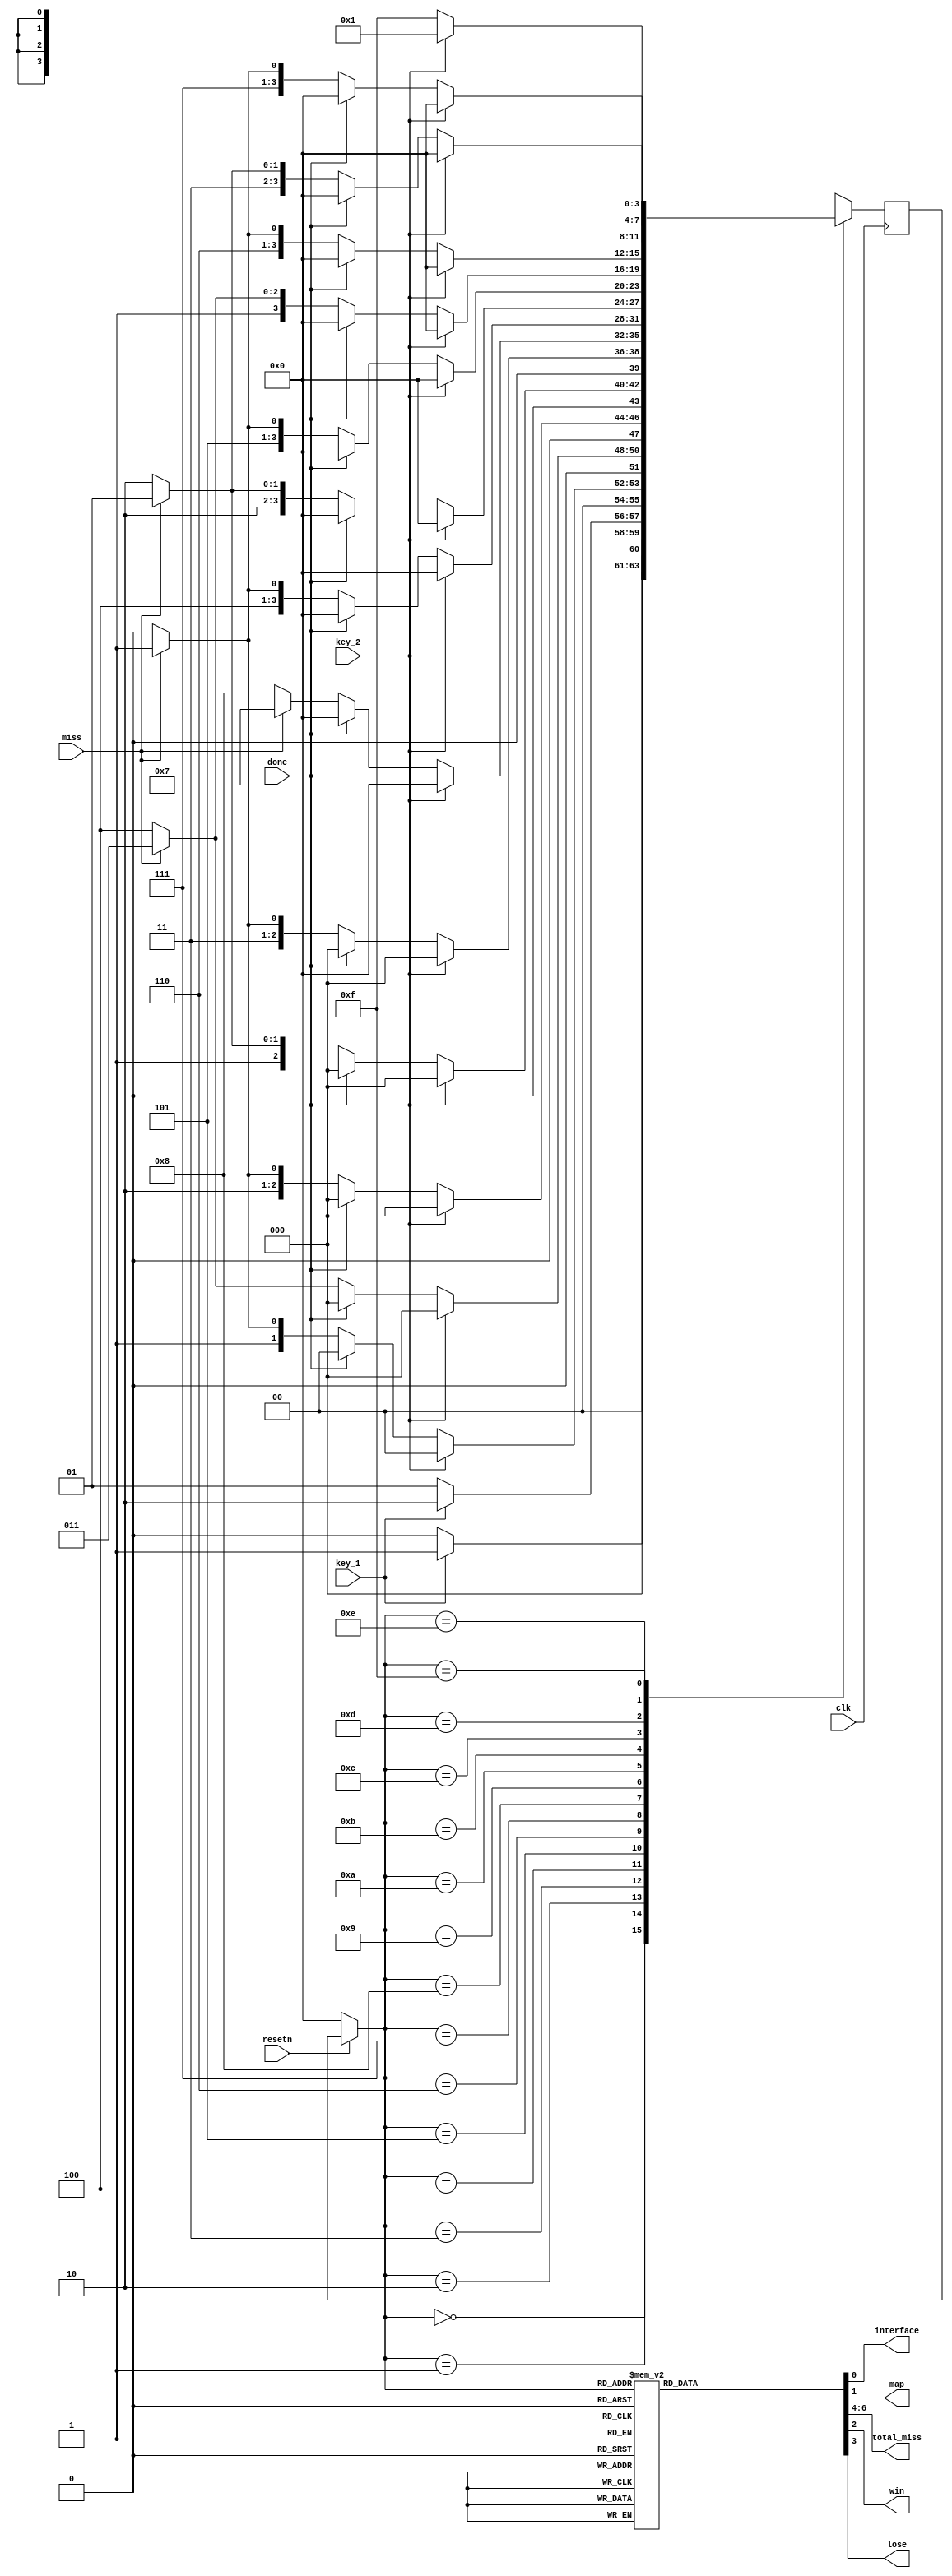
module control_path(clk, resetn, key_1, key_2, miss, done, interface, map, total_miss, win, lose); 

input clk, resetn, key_1, key_2, miss,done;
output reg interface, map, win, lose;
output reg [2:0] total_miss;

parameter IDLE =5'b00000,
IDLE_WAIT = 5'b00001,
STATE_0 = 5'b00010,
STATE_0_WAIT = 5'b00011,
STATE_1 = 5'b00100,
STATE_1_WAIT = 5'b00101,
STATE_2 = 5'b00110,
STATE_2_WAIT = 5'b00111,
STATE_3 = 5'b01000,
STATE_3_WAIT = 5'b01001,
STATE_4 = 5'b01010,
STATE_4_WAIT = 5'b01011,
STATE_5 = 5'b01100,
STATE_5_WAIT = 5'b01101,
STATE_6 = 5'b01110,
RESULT_1 = 5'b01111,
RESULT_2 = 5'b10000,

RESULT_1_WAIT = 5'b10001,
RESULT_2_WAIT = 5'b10010;

reg [3:0] current, next;

always@(*)
begin
if (!resetn)
	current <= IDLE;
else
	current <= next;
end

always@(posedge clk)
begin
	case(current)
		IDLE: next = key_1?IDLE_WAIT:IDLE;
		
		IDLE_WAIT: next = key_1?STATE_0:IDLE_WAIT;
		
		STATE_0 : begin 
			if (key_2)
				next = IDLE;
			else if (done) next = RESULT_2; 
			else next = miss? STATE_0_WAIT : STATE_0;
			end
			
		STATE_0_WAIT:
		begin 
			if (key_2)
				next = IDLE;
			else if (done) next = RESULT_2; 
			else next = miss? STATE_0_WAIT:STATE_1;
			end
			
		STATE_1 : begin 
			if (key_2)
				next = IDLE;
			else if (done) next = RESULT_2; 	
			else next = miss? STATE_1_WAIT : STATE_1;
			end
			
		STATE_1_WAIT:
		begin 
			if (key_2)
				next = IDLE;
			else if (done) next = RESULT_2; 
			else next = miss? STATE_1_WAIT:STATE_2;
			end
			
		STATE_2 : begin 
			if (key_2)
				next = IDLE;
			else if (done) next = RESULT_2; 
			else next = miss? STATE_2_WAIT : STATE_2;
			end
			
		STATE_2_WAIT:
		begin 
			if (key_2)
				next = IDLE;
			else if (done) next = RESULT_2; 
			else next = miss? STATE_2_WAIT:STATE_3;
			end
			
		STATE_3 : begin 
			if (key_2)
				next = IDLE;
			else if (done) next = RESULT_2; 
			else next = miss? STATE_3_WAIT : STATE_3;
			end
		
		STATE_3_WAIT:
		begin 
			if (key_2)
				next = IDLE;
			else if (done) next = RESULT_2; 
			else next = miss? STATE_3_WAIT:STATE_4;
			end
			
		STATE_4 : begin 
			if (key_2)
				next = IDLE;
			else if (done) next = RESULT_2; 
			else next = miss? STATE_4_WAIT : STATE_4;
			end
			
		STATE_4_WAIT:
		begin 
			if (key_2)
				next = IDLE;
			else if (done) next = RESULT_2; 
			else next = miss? STATE_4_WAIT:STATE_5;
			end
			
		STATE_5 : begin 
			if (key_2)
				next = IDLE;
			else if (done) next = RESULT_2; 
			else next = miss? STATE_5_WAIT : STATE_5;
			end
			
		STATE_5_WAIT:
		begin 
			if (key_2)
				next = IDLE;
			else if (done) next = RESULT_2; 
			else next = miss? STATE_5_WAIT:STATE_6;
			end
			
		STATE_6 : begin 
			if (key_2)
				next = IDLE;
			else if (done) next = RESULT_2; 
			else next = miss? RESULT_1 : STATE_6;
			end
			
		RESULT_1: next = key_2? RESULT_1_WAIT: RESULT_1;
		
		RESULT_1_WAIT: next = key_2?RESULT_1_WAIT:IDLE;
		
		RESULT_2: next = key_2? RESULT_2_WAIT: RESULT_2;	
		
		RESULT_2_WAIT: next = key_2?RESULT_2_WAIT:IDLE;
			
	endcase
end

always@(*)
begin
	
	case(current)
	IDLE: begin 
	interface <= 1'b1;   
	map <= 1'b0;
	win <= 1'b0;
	lose <= 1'b0;
	total_miss <= 3'b0;	
	end
	
	IDLE_WAIT: begin 
	interface <= 1'b1;   
	map <= 1'b0;
	win <= 1'b0;
	lose <= 1'b0;
	total_miss <= 3'b0;	
	end
	
	STATE_0: begin 
	interface <= 1'b0;
	win <= 1'b0;
	lose <= 1'b0;
	map <= 1'b1; 
	total_miss <= 3'd0; 
	end
	
	STATE_0_WAIT:begin
	interface <= 1'b0;
	win <= 1'b0;
	lose <= 1'b0;
	map <= 1'b1; 
	total_miss <= 3'd0; 
	end
	
	STATE_1: begin 
	interface <= 1'b0;
	win <= 1'b0;
	lose <= 1'b0;
	map <= 1'b1;  
	total_miss <= 3'd1; 
	end
	
	STATE_1_WAIT:begin
	interface <= 1'b0;
	win <= 1'b0;
	lose <= 1'b0;
	map <= 1'b1; 
	total_miss <= 3'd2; 
	end
	
	STATE_2: begin 
	interface <= 1'b0;
	win <= 1'b0;
	lose <= 1'b0;
	map <= 1'b1; 
	total_miss <= 3'd2; 
	end
	
	STATE_2_WAIT:begin
	interface <= 1'b0;
	win <= 1'b0;
	lose <= 1'b0;
	map <= 1'b1; 
	total_miss <= 3'd3; 
	end
	
	STATE_3:begin 
	interface <= 1'b0;
	win <= 1'b0;
	lose <= 1'b0;
	map <= 1'b1;  
	total_miss <= 3'd3;
	end
	
	STATE_3_WAIT:begin
	interface <= 1'b0;
	win <= 1'b0;
	lose <= 1'b0;
	map <= 1'b1; 
	total_miss <= 3'd4; 
	end
	
	STATE_4: begin 
	interface <= 1'b0;
	win <= 1'b0;
	lose <= 1'b0;
	map <= 1'b1; 
	total_miss <= 3'd4; 
	end
	
	STATE_4_WAIT:begin
	interface <= 1'b0;
	win <= 1'b0;
	lose <= 1'b0;
	map <= 1'b1; 
	total_miss <= 3'd5; 
	end
	
	STATE_5: begin 
	interface <= 1'b0;
	win <= 1'b0;
	lose <= 1'b0;
	map <= 1'b1;  
	total_miss <= 3'd5; 
	end
	
	STATE_5_WAIT:begin
	interface <= 1'b0;
	win <= 1'b0;
	lose <= 1'b0;
	map <= 1'b1; 
	total_miss <= 3'd6; 
	end
	
	STATE_6: begin 
	interface <= 1'b0;
	win <= 1'b0;
	lose <= 1'b0;
	map <= 1'b1;  
	total_miss <= 3'd6;
	end
	
	RESULT_1: begin
	interface <= 1'b0;
	win <= 1'b0;
	lose <= 1'b1;
	map <= 1'b0; 
	total_miss <= 3'd7; 
	end
	
	RESULT_1_WAIT: begin
	interface <= 1'b0;
	win <= 1'b0;
	lose <= 1'b1;
	map <= 1'b0; 
	total_miss <= 3'd0; 
	end
	
	RESULT_2: begin
	interface <= 1'b0;
	win <= 1'b1;
	lose <= 1'b0;
	map <= 1'b0; 
	total_miss <= total_miss;
	end
	
	RESULT_2_WAIT: begin
	interface <= 1'b0;
	win <= 1'b1;
	lose <= 1'b0;
	map <= 1'b0; 
	total_miss <= total_miss;
	end
	endcase
end

endmodule